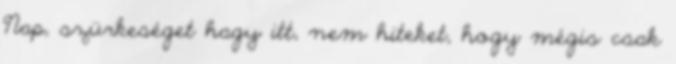
Nap, szürkeséget hagy itt, nem hiteket, hogy mégis csak